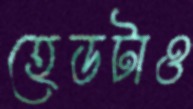
হেডটাও